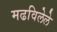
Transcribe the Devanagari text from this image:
मढविलेले